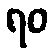
ရဝ